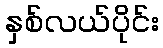
နှစ်လယ်ပိုင်း